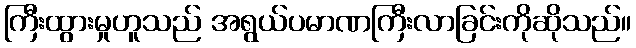
ကြီးထွားမှုဟူသည် အရွယ်ပမာဏကြီးလာခြင်းကိုဆိုသည်။